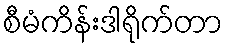
စီမံကိန်းဒါရိုက်တာ